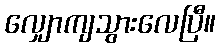
လျှောကျသွားလေပြီ။